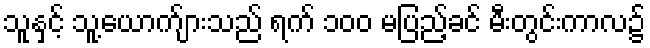
သူနှင့် သူ့ယောက်ျားသည် ရက် ၁၀၀ မပြည့်ခင် မီးတွင်းကာလ၌